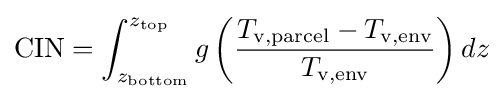
{\text{CIN}}=\int _{z_{\text{bottom}}}^{z_{\text{top}}}g\left({\frac {T_{\text{v,parcel}}-T_{\text{v,env}}}{T_{\text{v,env}}}}\right)dz